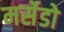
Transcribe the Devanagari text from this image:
मर्सेडो